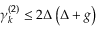
\begin{array} { r } { \gamma _ { k } ^ { ( 2 ) } \le 2 \Delta \left( \Delta + g \right) } \end{array}